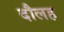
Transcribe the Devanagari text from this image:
दौलह